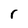
Character: r